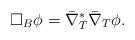
LaTeX: \begin{align*}\square_B\phi =\bar\nabla_T^*\bar\nabla_T\phi. \end{align*}